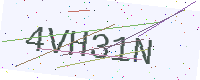
Text: 4VH31N